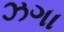
ઝગા